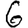
Digit: 6